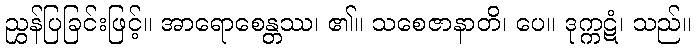
ညွှန်ပြခြင်းဖြင့်။ အာရောစေန္တဿ၊ ၏။ သစေဇာနာတိ၊ ပေ။ ဒုက္ကဋံ၊ သည်။